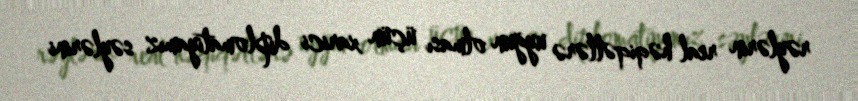
rəylərin real həqiqətlərə uyğun olması üçün xarici diplomatiyamız səylərini